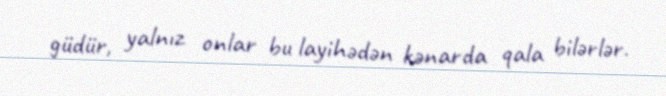
güdür, yalnız onlar bu layihədən kənarda qala bilərlər.